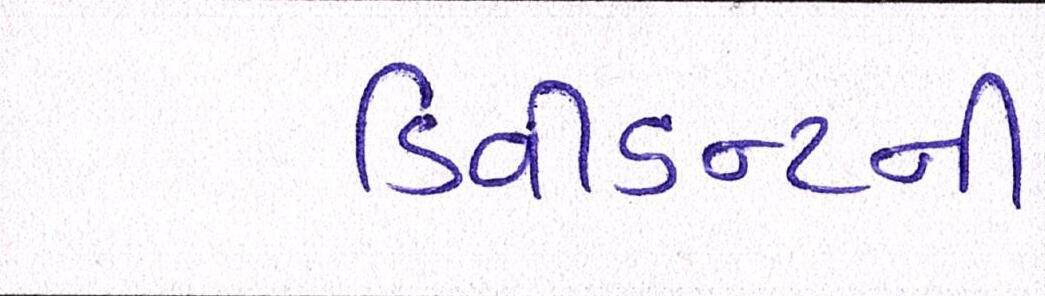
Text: ડિવીડન્ટની